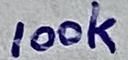
Text: 100k